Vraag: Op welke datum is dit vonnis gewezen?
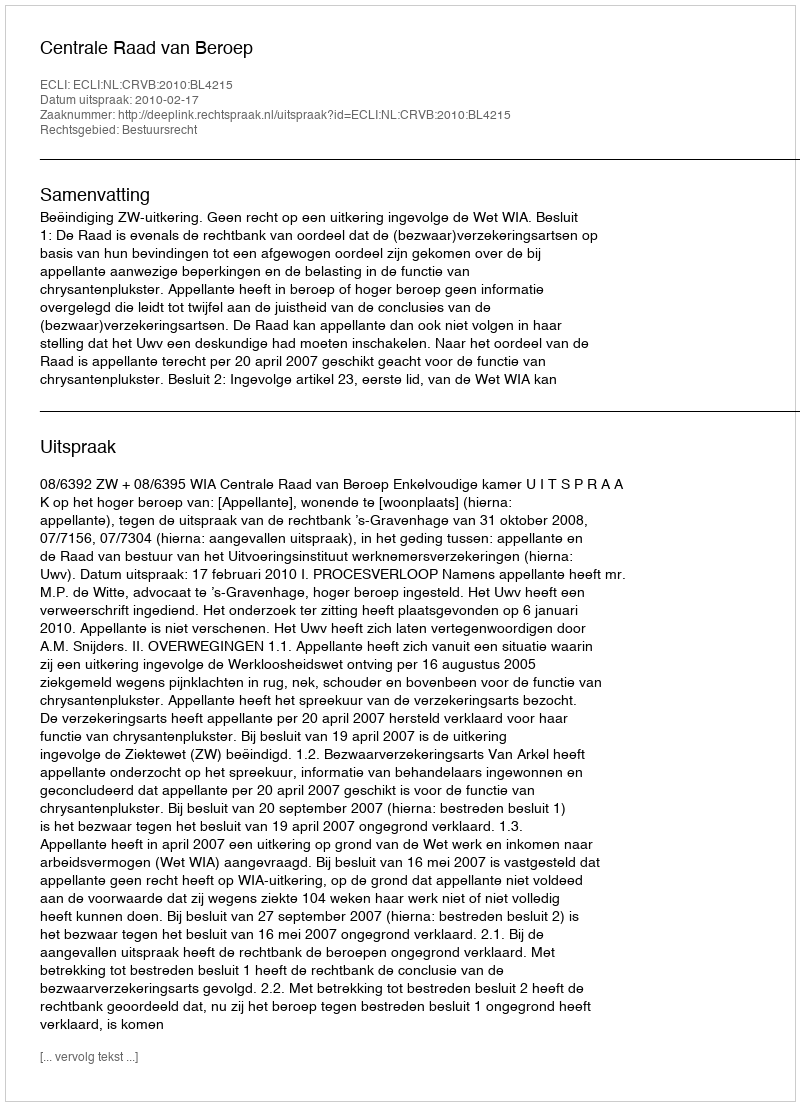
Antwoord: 2010-02-17